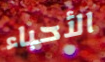
الأحباء